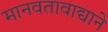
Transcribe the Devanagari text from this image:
मानवतावाद्याने